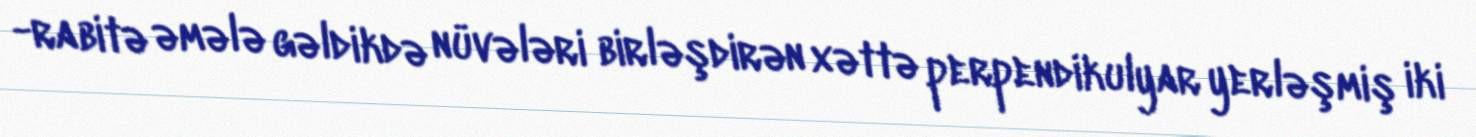
π-rabitə əmələ gəldikdə nüvələri birləşdirən xəttə perpendikulyar yerləşmiş iki